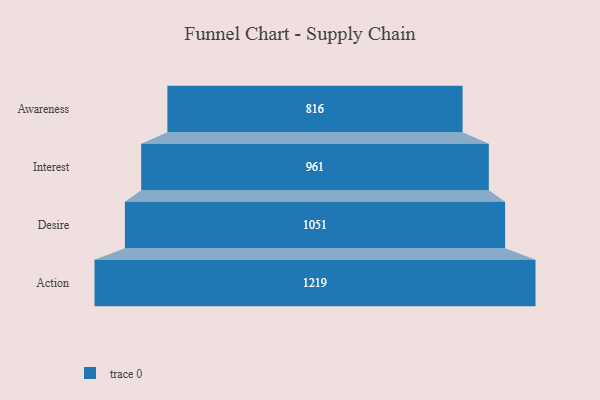
{"axis": {"x": "Stage", "y": "Value"}, "legend": [""], "data": [{"x": "Awareness", "y": 816.0, "type": ""}, {"x": "Interest", "y": 961.0, "type": ""}, {"x": "Desire", "y": 1051.0, "type": ""}, {"x": "Action", "y": 1219.0, "type": ""}]}